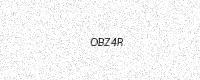
Text: OBZ4R